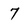
Character: 7